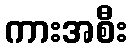
ကားအစီး